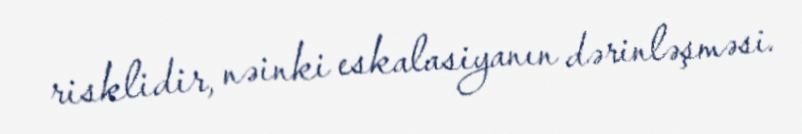
risklidir, nəinki eskalasiyanın dərinləşməsi.